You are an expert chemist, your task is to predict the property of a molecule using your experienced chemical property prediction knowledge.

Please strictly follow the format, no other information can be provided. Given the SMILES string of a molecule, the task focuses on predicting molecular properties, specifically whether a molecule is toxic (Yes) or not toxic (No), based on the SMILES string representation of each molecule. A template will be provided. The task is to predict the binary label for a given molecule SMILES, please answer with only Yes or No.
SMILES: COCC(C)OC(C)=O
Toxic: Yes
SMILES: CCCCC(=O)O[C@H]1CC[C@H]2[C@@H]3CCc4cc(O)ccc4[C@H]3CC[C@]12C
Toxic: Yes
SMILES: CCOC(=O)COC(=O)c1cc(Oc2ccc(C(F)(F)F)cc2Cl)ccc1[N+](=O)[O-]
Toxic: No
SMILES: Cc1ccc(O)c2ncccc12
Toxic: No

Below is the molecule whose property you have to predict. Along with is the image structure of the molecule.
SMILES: CC(C)CCCC(C)CCCC(C)CCCCC(C)CCCC(C)CCCC(C)C
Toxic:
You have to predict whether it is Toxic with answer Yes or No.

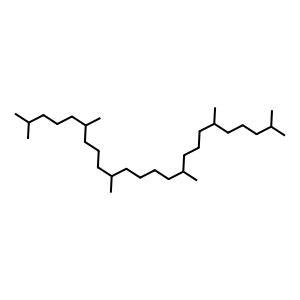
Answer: No